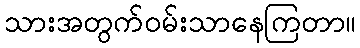
သားအတွက်ဝမ်းသာနေကြတာ။